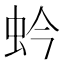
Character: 蚙